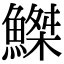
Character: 𫙮